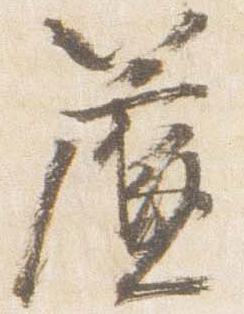
簾